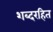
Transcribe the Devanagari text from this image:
शब्दरहित